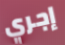
إجري